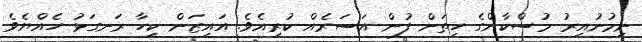
ނިމުނުއިރު މުސްކާންގެ ހިތަށް ފުން އަސަރެއް ކުރިއެވެ. އައިޒަން ކިހާ ރަނގަޅު ހެއްޔެވެ